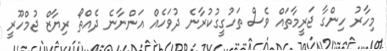
މިހާރު ހިންގާ ޖަރީމާތައް ވެސް ތަހުގީގުކުރާނެ ދުވަހެއް އަންނާނެ ދެއްތޯ ރިޔާޒް ޖުމްހޫރީ